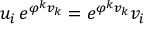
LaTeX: u _ { i } \, e ^ { \varphi ^ { k } v _ { k } } = e ^ { \varphi ^ { k } v _ { k } } v _ { i }